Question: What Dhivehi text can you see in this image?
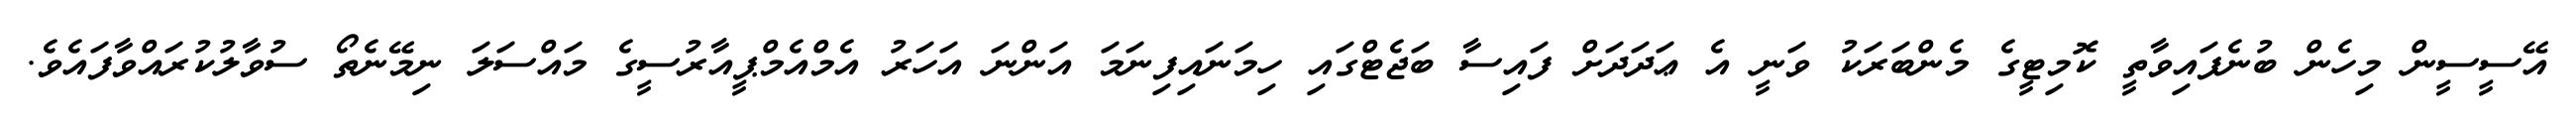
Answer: އޭސީސީން މިހެން ބުނެފައިވާތީ ކޮމިޓީގެ މެންބަރަކު ވަނީ އެ ޢަދަދަށް ފައިސާ ބަޖެޓްގައި ހިމަނައިފިނަމަ އަންނަ އަހަރު އެމްއެމްޕީއާރުސީގެ މައްސަލަ ނިމޭނެތޯ ސުވާލުކުރައްވާފައެވެ.